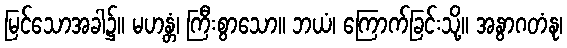
မြင်သောအခါ၌။ မဟန္တံ၊ ကြီးစွာသော။ ဘယံ၊ ကြောက်ခြင်းသို့။ အနွာဂတံနု၊